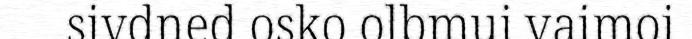
sivdned osko olbmui vaimoi